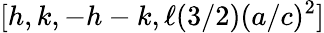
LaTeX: [h,k,-h-k,\ell(3/2)(a/c)^{2}]